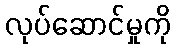
လုပ်ဆောင်မှုကို